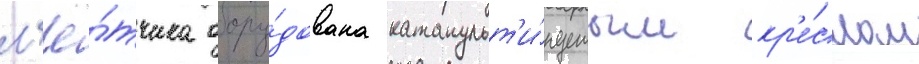
л'ё́тчика обору́дована катапульт'и́руемым кр'е́слом